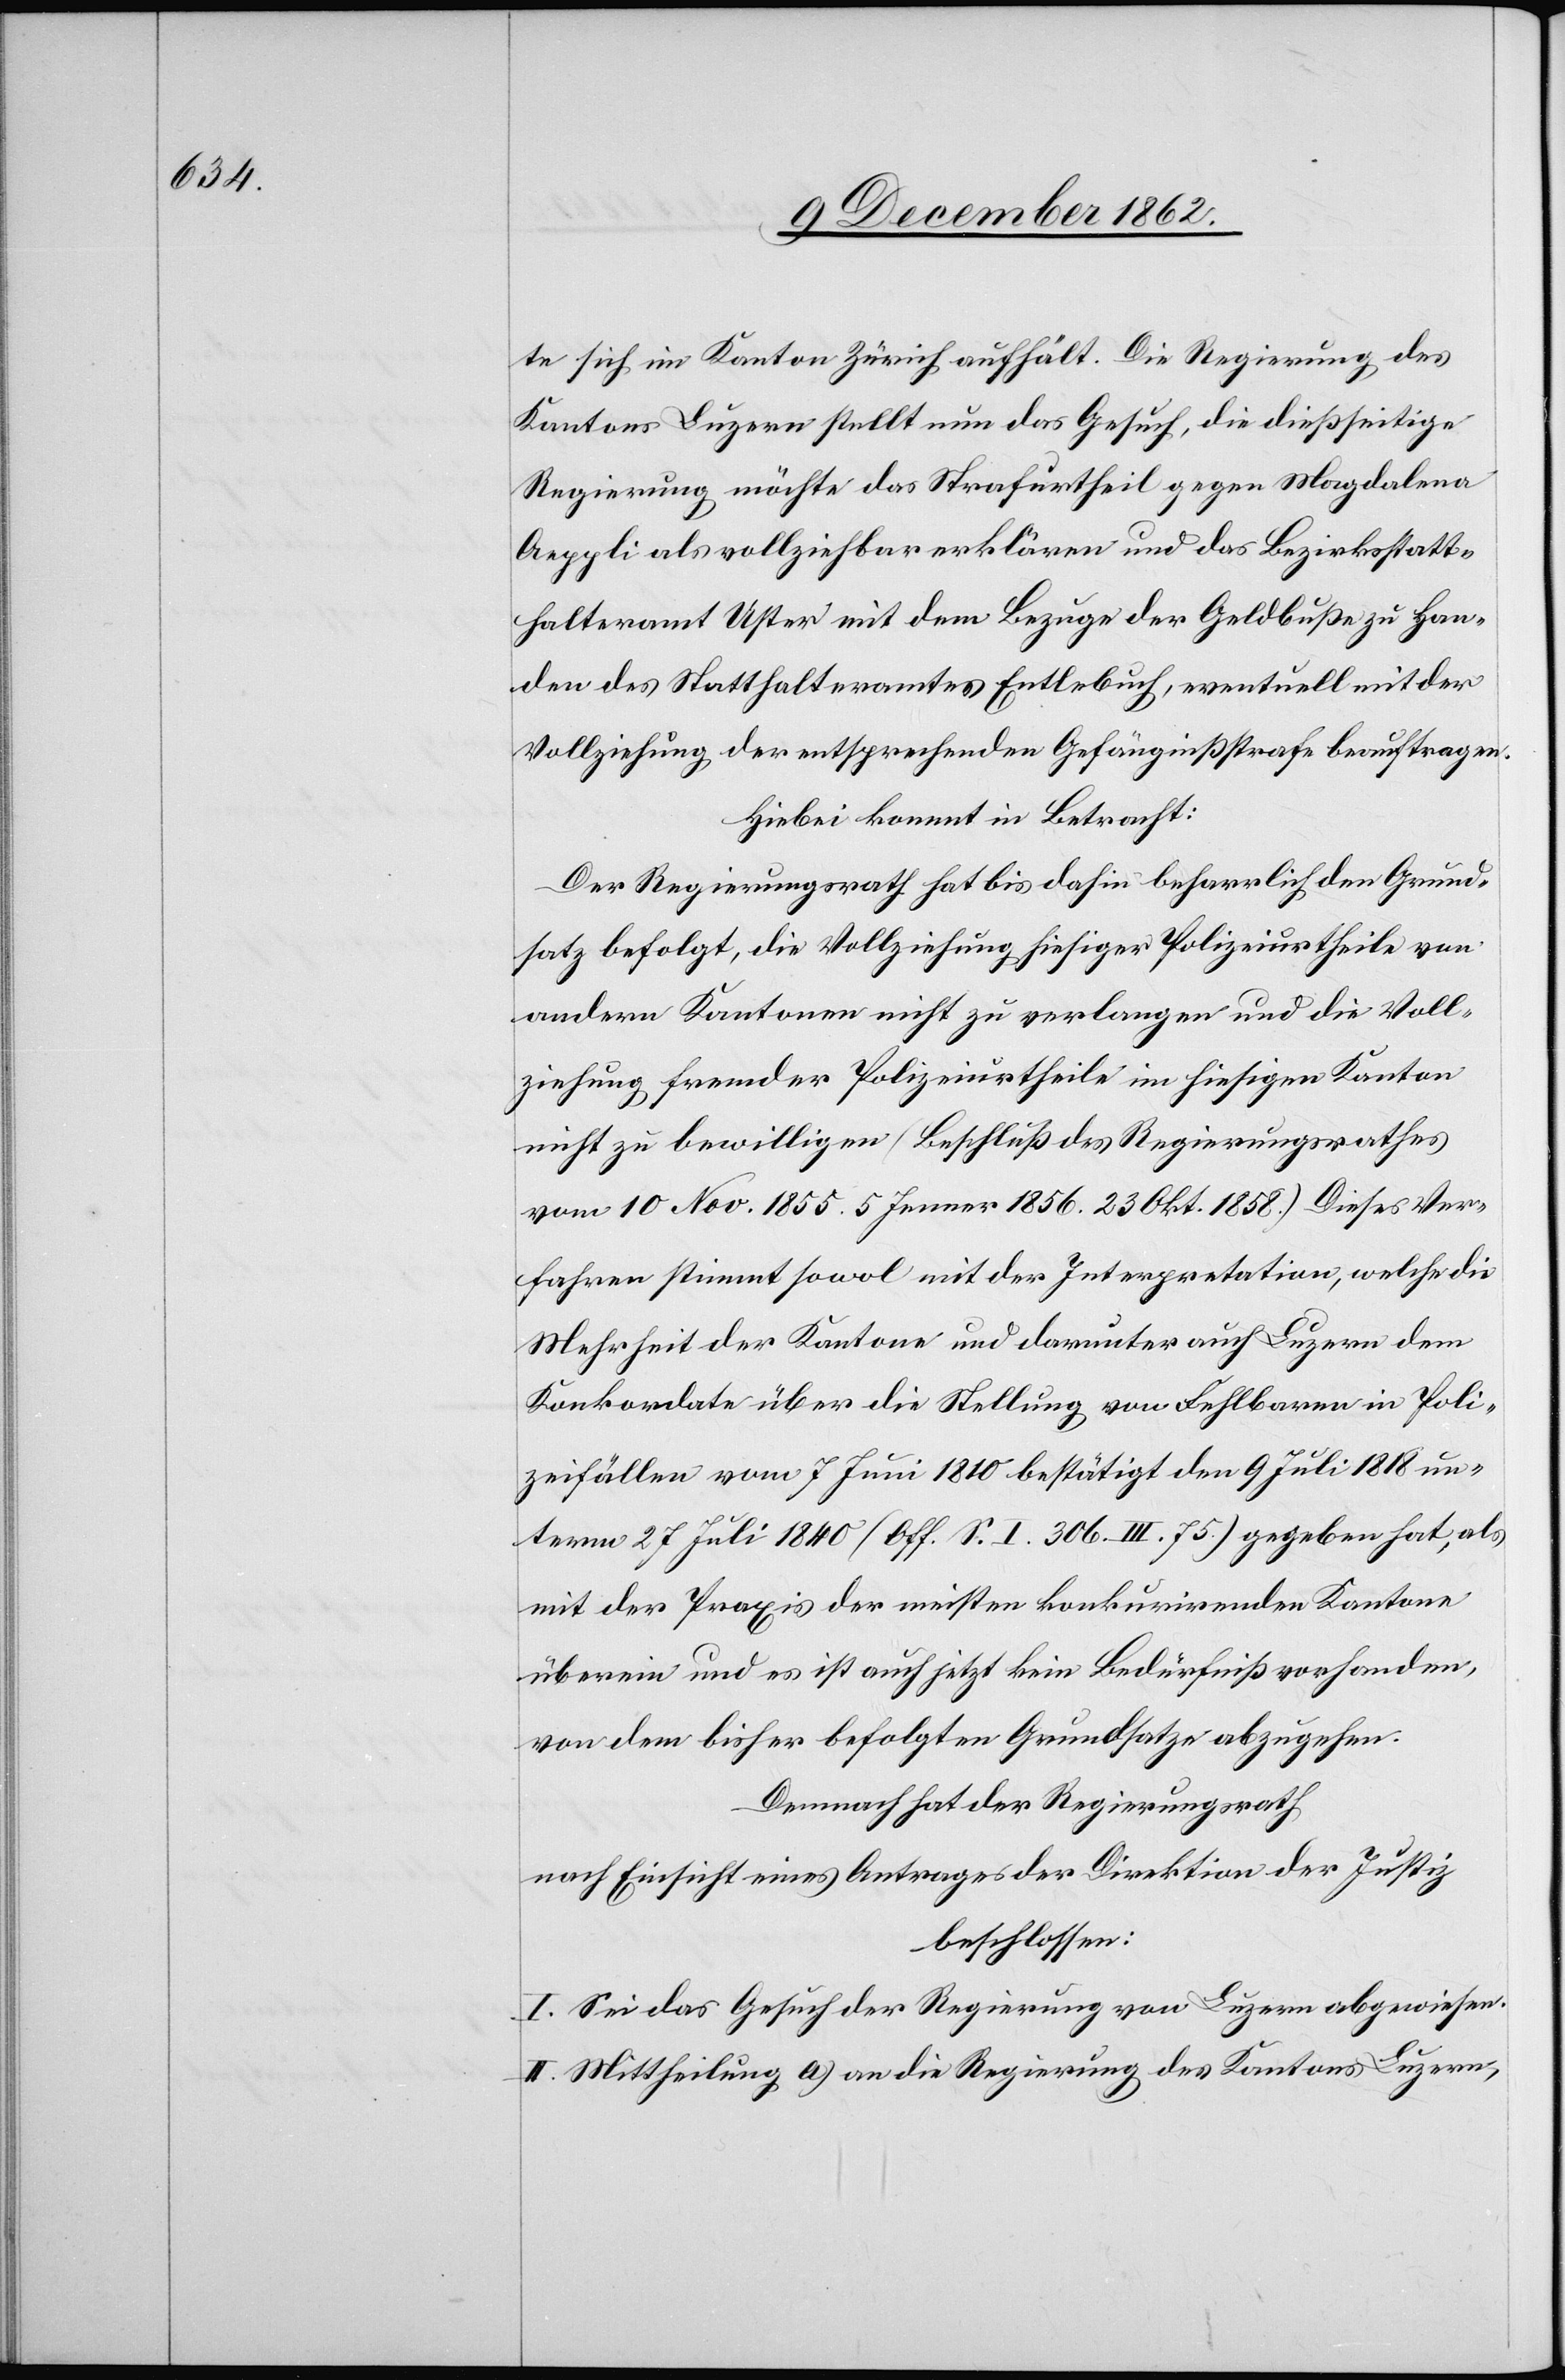
ten sich im Kanton Zürich aufhält. Die Regierungsrath des
Kantons Luzern stellt nun das Gesuch, die dießseitige
Regierung möchte das Starfurtheil gegen Magdalena
Aeppli als vollziehbar erklären und das Bezirksstatt¬
halteramt Uster mit dem Bezuge der Geldbuße zu Han¬
den des Statthalteramtes Entlebuch, eventuell mit der
Vollziehung der entsprechenden Gefängnißstrafe beauftragen.
Hiebei kommt in Betracht:
Der Regierungsrath hat bis dahin beharrlich den Grund¬
satz befolgt, die Vollziehung hiesiger Polizeiurtheile von
andern Kantonen nicht zu verlangen und die Voll¬
ziehung fremder Polizeiurtheile im hiesigen Kanton
nicht zu bewilligen (Beschluß des Regierungsrathes
vom 10. Nov. 1855. 5. Jenner 1856. 23. Okt. 1858) Dieses Ver¬
fahren stimmt sowol mit der Interpretation, welche die
Mehrheit der Kantone und darunter auch Luzern dem
Konkordate über die Stellung von Fehlbaren in Poli¬
zeifällen vom 7. Juni 1810 bestätigt den 9. Juli 1818 un¬
term 27. Juli 1840 (Off. S. I 306. III 75) gegeben hat, als
mit der Praxis der meisten konkurirenden Kantone
übrigen und es ist auch jetzt kein Bedürfniß vorhanden,
von dem bisher befolgten Grundsatze abzugehen.
Demnach hat der Regierungsrath
nach Einsicht eines Antrages der Direktion der Justiz
beschlossen:
I. Sei das Gesuch der Regierung von Luzern abgewiesen.
II. Mittheilung a) an die Regierung des Kantons Luzern,